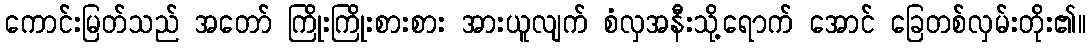
ကောင်းမြတ်သည် အတော် ကြိုးကြိုးစားစား အားယူလျက် စံလှအနီးသို့ရောက် အောင် ခြေတစ်လှမ်းတိုး၏။